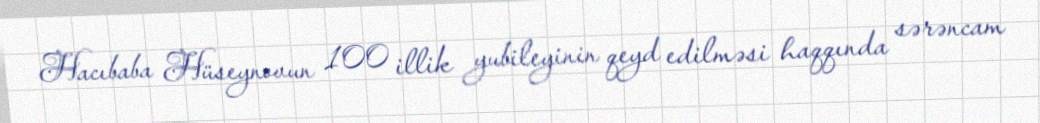
Hacıbaba Hüseynovun 100 illik yubileyinin qeyd edilməsi haqqında sərəncam